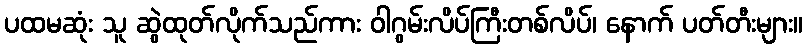
ပထမဆုံး သူ ဆွဲထုတ်လိုက်သည်ကား ဝါဂွမ်းလိပ်ကြီးတစ်လိပ်၊ နောက် ပတ်တီးများ။